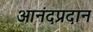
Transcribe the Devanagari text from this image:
आनंदप्रदान